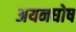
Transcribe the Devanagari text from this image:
अयनघोष